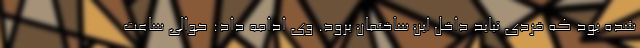
شده بود که فردی نباید داخل این ساختمان برود. وی ادامه داد: حوالی ساعت